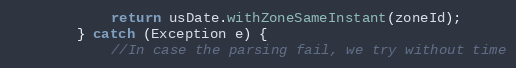
Language: Java
            return usDate.withZoneSameInstant(zoneId);
        } catch (Exception e) {
            //In case the parsing fail, we try without time